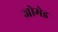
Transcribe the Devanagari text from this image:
जोमेइ